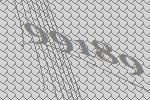
99189